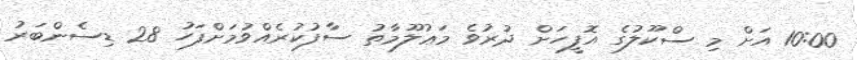
10:00 އަށް މި ސްކޫލުގެ އޮފީހަށް ދުރުވެ މަޢުލޫމާތު ސާފުކުރެއްވުމަށްފަހު 28 ޑިސެންބަރު